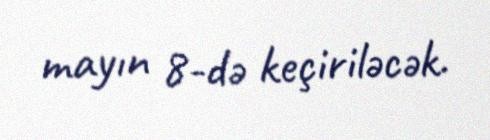
mayın 8-də keçiriləcək.